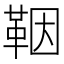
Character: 鞇